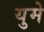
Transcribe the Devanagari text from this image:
युमे